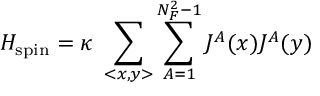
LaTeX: H _ { \mathrm { s p i n } } = \kappa ~ \sum _ { < x , y > } \sum _ { A = 1 } ^ { N _ { F } ^ { 2 } - 1 } J ^ { A } ( x ) J ^ { A } ( y )